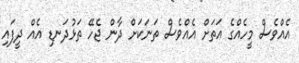
އެއްވެސް މީހެއްގެ އަތަށް އެއްވެސް ތަނަކަށް ދާން ޖެހޭ ތަޅުދަނޑި އެއް ދީފައި